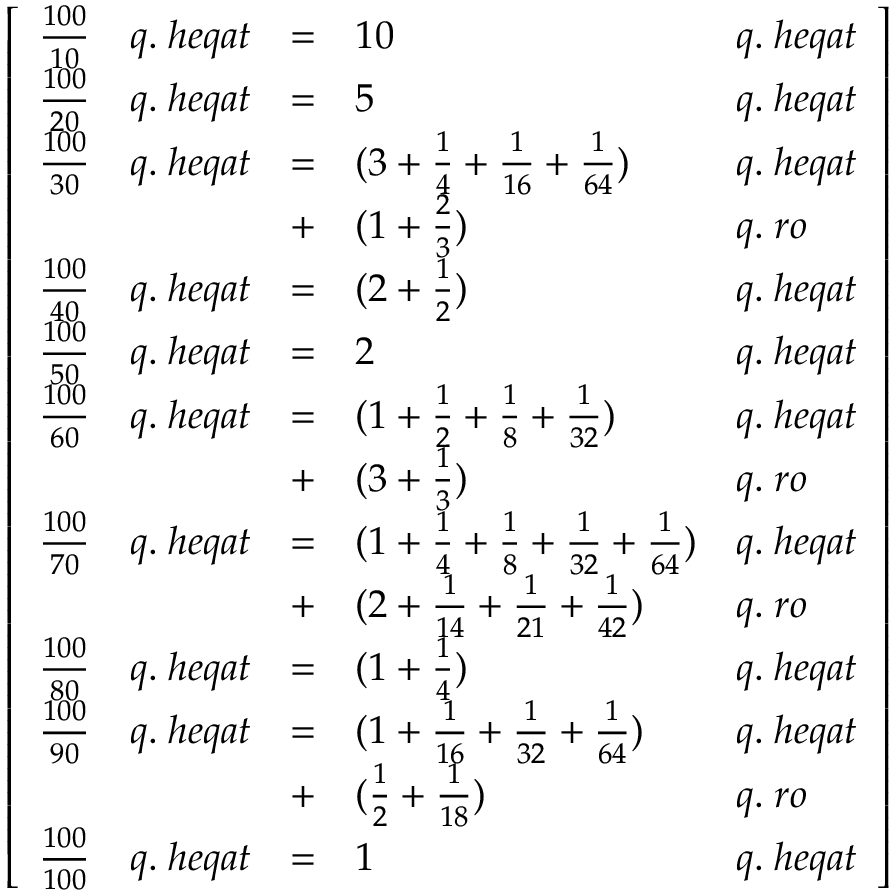
{ \left[ \begin{array} { l l l l l } { { \frac { 1 0 0 } { 1 0 } } } & { q . \; h e q a t } & { = } & { 1 0 } & { q . \; h e q a t } \\ { { \frac { 1 0 0 } { 2 0 } } } & { q . \; h e q a t } & { = } & { 5 } & { q . \; h e q a t } \\ { { \frac { 1 0 0 } { 3 0 } } } & { q . \; h e q a t } & { = } & { ( 3 + { \frac { 1 } { 4 } } + { \frac { 1 } { 1 6 } } + { \frac { 1 } { 6 4 } } ) } & { q . \; h e q a t } \\ & & { + } & { ( 1 + { \frac { 2 } { 3 } } ) } & { q . \; r o } \\ { { \frac { 1 0 0 } { 4 0 } } } & { q . \; h e q a t } & { = } & { ( 2 + { \frac { 1 } { 2 } } ) } & { q . \; h e q a t } \\ { { \frac { 1 0 0 } { 5 0 } } } & { q . \; h e q a t } & { = } & { 2 } & { q . \; h e q a t } \\ { { \frac { 1 0 0 } { 6 0 } } } & { q . \; h e q a t } & { = } & { ( 1 + { \frac { 1 } { 2 } } + { \frac { 1 } { 8 } } + { \frac { 1 } { 3 2 } } ) } & { q . \; h e q a t } \\ & & { + } & { ( 3 + { \frac { 1 } { 3 } } ) } & { q . \; r o } \\ { { \frac { 1 0 0 } { 7 0 } } } & { q . \; h e q a t } & { = } & { ( 1 + { \frac { 1 } { 4 } } + { \frac { 1 } { 8 } } + { \frac { 1 } { 3 2 } } + { \frac { 1 } { 6 4 } } ) } & { q . \; h e q a t } \\ & & { + } & { ( 2 + { \frac { 1 } { 1 4 } } + { \frac { 1 } { 2 1 } } + { \frac { 1 } { 4 2 } } ) } & { q . \; r o } \\ { { \frac { 1 0 0 } { 8 0 } } } & { q . \; h e q a t } & { = } & { ( 1 + { \frac { 1 } { 4 } } ) } & { q . \; h e q a t } \\ { { \frac { 1 0 0 } { 9 0 } } } & { q . \; h e q a t } & { = } & { ( 1 + { \frac { 1 } { 1 6 } } + { \frac { 1 } { 3 2 } } + { \frac { 1 } { 6 4 } } ) } & { q . \; h e q a t } \\ & & { + } & { ( { \frac { 1 } { 2 } } + { \frac { 1 } { 1 8 } } ) } & { q . \; r o } \\ { { \frac { 1 0 0 } { 1 0 0 } } } & { q . \; h e q a t } & { = } & { 1 } & { q . \; h e q a t } \end{array} \right] }